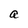
Character: a